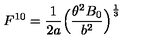
F ^ { 1 0 } = \frac { 1 } { 2 a } \Bigl ( \frac { \theta ^ { 2 } B _ { 0 } } { b ^ { 2 } } \Bigr ) ^ { \frac { 1 } { 3 } }